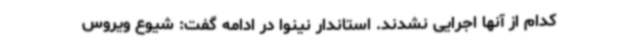
کدام از آنها اجرایی نشدند. استاندار نینوا در ادامه گفت: شیوع ویروس